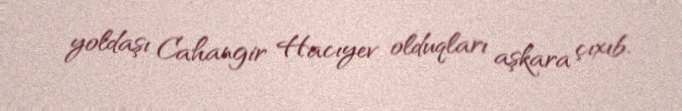
yoldaşı Cahangir Hacıyev olduqları aşkara çıxıb.